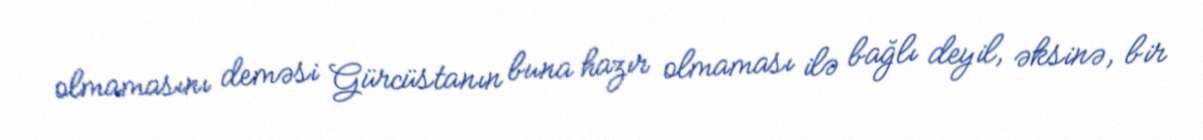
olmamasını deməsi Gürcüstanın buna hazır olmaması ilə bağlı deyil, əksinə, bir